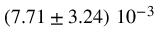
\left( 7 . 7 1 \pm 3 . 2 4 \right) \, 1 0 ^ { - 3 }